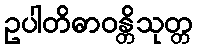
ဥပါတိဓာဝန္တိသုတ္တ